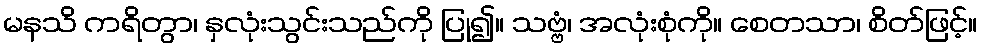
မနသိ ကရိတွာ၊ နှလုံးသွင်းသည်ကို ပြု၍။ သဗ္ဗံ၊ အလုံးစုံကို။ စေတသာ၊ စိတ်ဖြင့်။